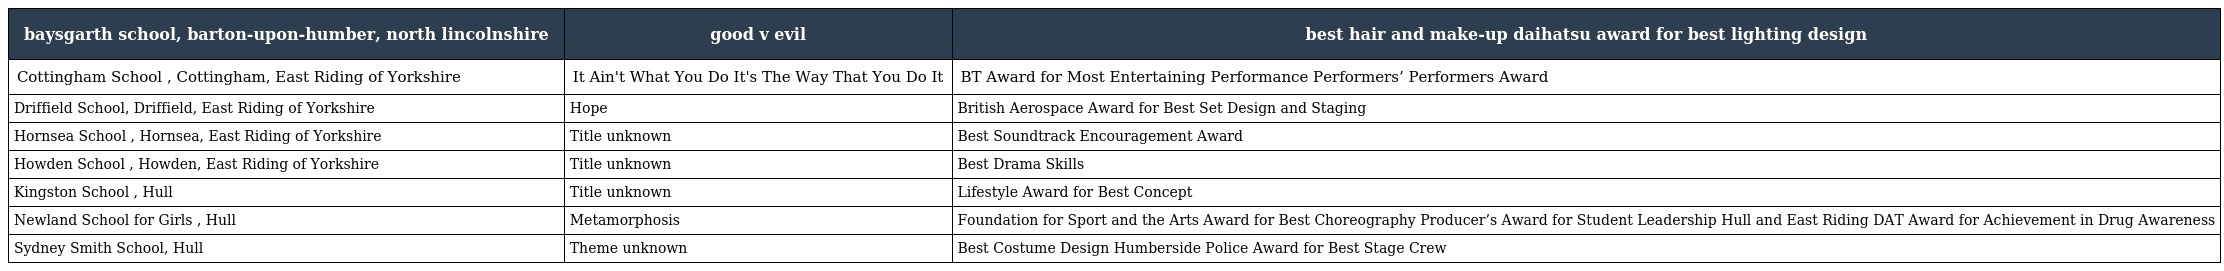
| baysgarth school, barton-upon-humber, north lincolnshire | good v evil | best hair and make-up daihatsu award for best lighting design |
 | --- | --- | --- |
 | Cottingham School , Cottingham, East Riding of Yorkshire | It Ain't What You Do It's The Way That You Do It | BT Award for Most Entertaining Performance Performers’ Performers Award |
 | Driffield School, Driffield, East Riding of Yorkshire | Hope | British Aerospace Award for Best Set Design and Staging |
 | Hornsea School , Hornsea, East Riding of Yorkshire | Title unknown | Best Soundtrack Encouragement Award |
 | Howden School , Howden, East Riding of Yorkshire | Title unknown | Best Drama Skills |
 | Kingston School , Hull | Title unknown | Lifestyle Award for Best Concept |
 | Newland School for Girls , Hull | Metamorphosis | Foundation for Sport and the Arts Award for Best Choreography Producer’s Award for Student Leadership Hull and East Riding DAT Award for Achievement in Drug Awareness |
 | Sydney Smith School, Hull | Theme unknown | Best Costume Design Humberside Police Award for Best Stage Crew |